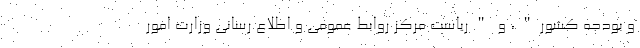
و بودجه کشور"، و "ریاست مرکز روابط عمومی و اطلاع رسانی وزارت امور